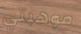
موهبتي